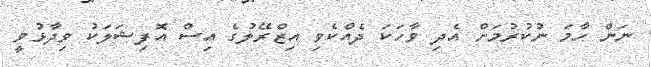
ނަން ހާމަ ނުކުރުމަށް އެދި ވާހަކަ ދެއްކެވި އިޒްރޭލުގެ އިސް އޮފިޝަލަކު ވިދާޅުވީ